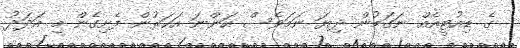
ގެ ޑިއުޓީއެއް ނަގަމުން ދިޔަ ނަމަވެސް އަންނަ އަހަރުން ފެށިގެން މި އަދަދު